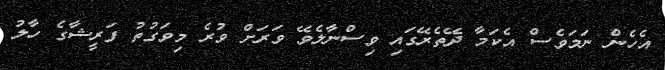
އެހެން ނަމަވެސް އެކަމާ ދޭތެރޭގައި ވިސްނާލެވޭ ވަރަށް ވުރެ މިވަގުތު ފަރީޝާގެ ހާލު